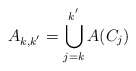
\begin{align*}A_{k,k^{'}}=\bigcup_{j=k}^{k^{'}} A(C_j)\end{align*}